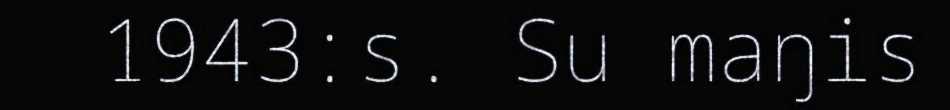
1943:s. Su maŋis